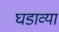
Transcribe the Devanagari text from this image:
घडाव्या